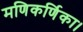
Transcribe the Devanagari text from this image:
मणिकर्णिका।